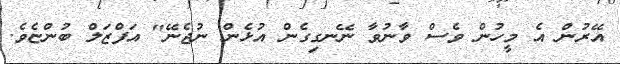
އޭރުން އެ މީހުން ވެސް ވާނުވާ ނޭނގިގެން އުޅެން ނުޖެނޭ" އަފްޒަލް ބުންޏެވެ.